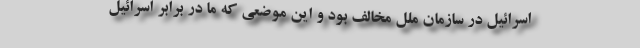
اسرائیل در سازمان ملل مخالف بود و این موضعی که ما در برابر اسرائیل